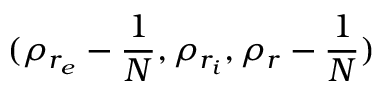
( \rho _ { r _ { e } } - \frac { 1 } { N } , \rho _ { r _ { i } } , \rho _ { r } - \frac { 1 } { N } )